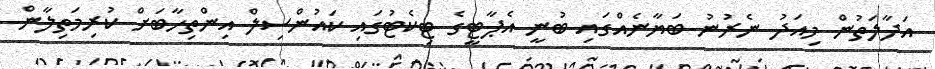
އަދާލަތުން މިއަދު ނެރުނު ބަޔާނެއްގައި ބުނީ އެޕާޓީގެ ޓިކެޓުގައި ކައުންސިލް އިންތިހާބަށް ކުރިމަތިލާން